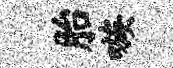
胎嗾